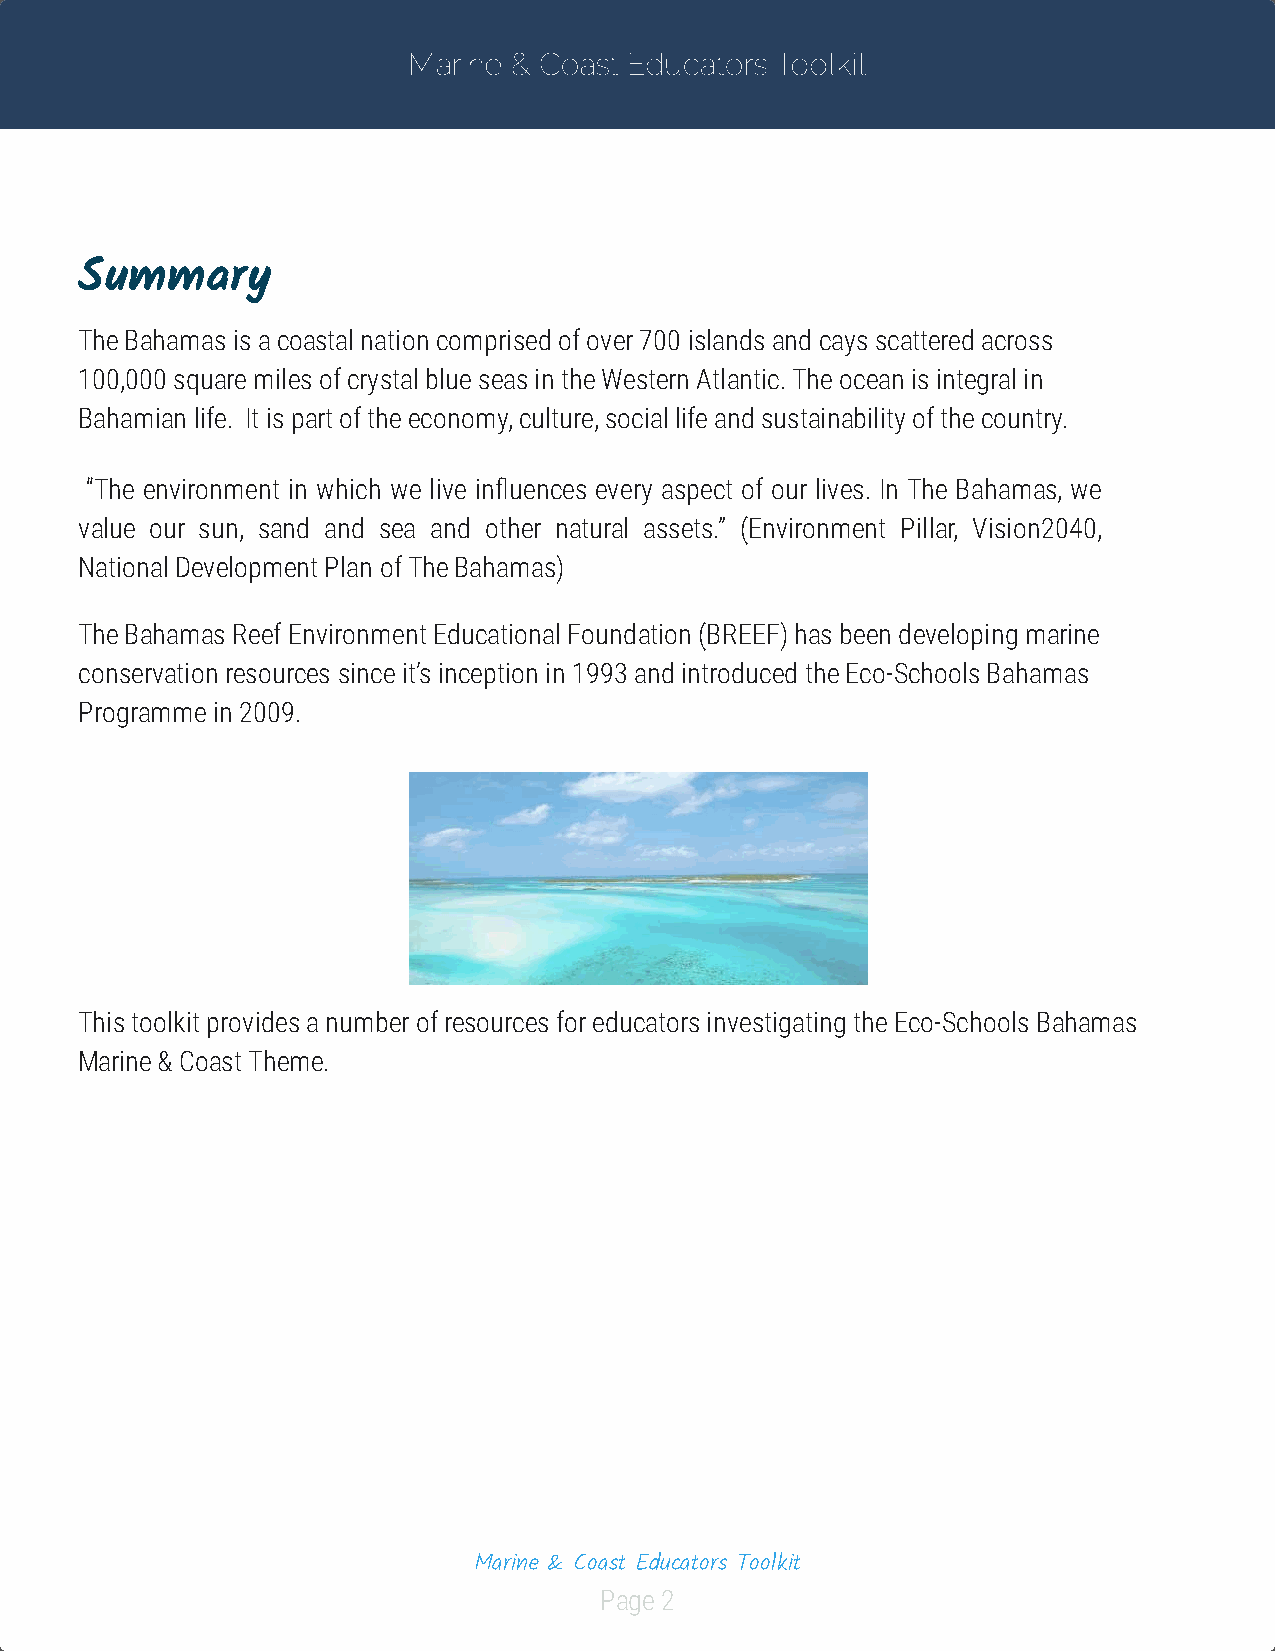
Marine & Coast Educators Toolkit
 Summary
 The Bahamas is a coastal nation comprised of over 700 islands and cays scattered across
 100,000 square miles of crystal blue seas in the Western Atlantic. The ocean is integral in
 Bahamian life. It is part of the economy, culture, social life and sustainability of the country.
 “The environment in which we live inuences every aspect of our lives. In The Bahamas, we
 value our sun, sand and sea and other natural assets.” (Environment Pillar, Vision2040,
 National Development Plan of The Bahamas)
 The Bahamas Reef Environment Educational Foundation (BREEF) has been developing marine
 conservation resources since it’s inception in 1993 and introduced the Eco-Schools Bahamas
 Programme in 2009.
 This toolkit provides a number of resources for educators investigating the Eco-Schools Bahamas
 Marine & Coast Theme.
 Marine & Coast Educators Toolkit
 Page 2